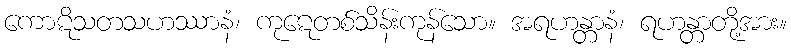
ကောဋိသတသဟဿာနံ၊ ကုဋေတစ်သိန်းကုန်သော။ အရဟန္တာနံ၊ ရဟန္တာတို့အား။